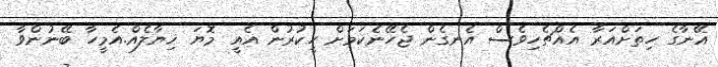
އޭނާގެ ހިތަށްއަރާ އެއްޗެހިވެސް އެނގެން ޖެހޭނެކަމަށް ހީކުރުން އެއީ މޮޔަ ޚިޔާލެއް.އެމީހާ ބޭނުންވާ